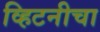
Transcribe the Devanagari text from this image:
व्हिटनीचा